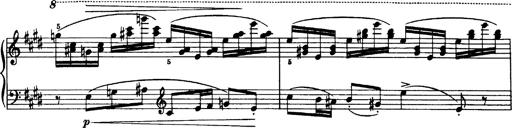
Title: OuvertÃ¼re zu TannhÃ¤user
Composer: Franz Liszt